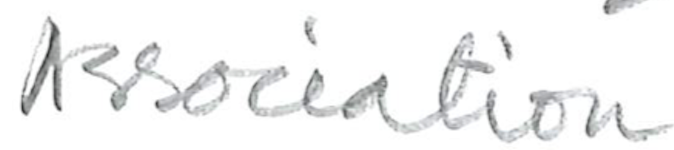
Text: Association
Cross-out: clean
Writing tool: pencil